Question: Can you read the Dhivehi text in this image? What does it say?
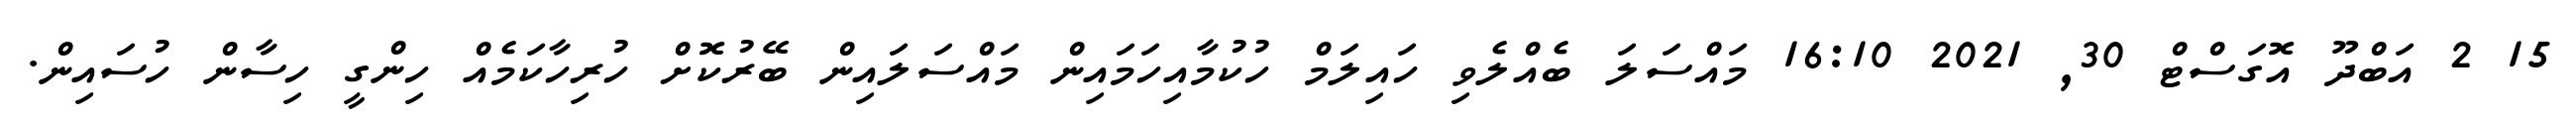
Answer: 15 2 އަބްދޫ އޮގަސްޓް 30, 2021 16:10 މައްސަލަ ބެއްލެވި ހައިލަމް ހުކުމާއިހަމައިން މައްސަލައިން ބޭރުކޮށް ހުރިހާކަމެއް ހިންގީ ހިސާން ހުސައިން.